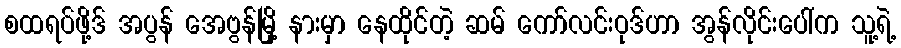
စထရပ်ဖို့ဒ် အပွန် အေဗွန်မြို့ နားမှာ နေထိုင်တဲ့ ဆမ် ကော်လင်းဝုဒ်ဟာ အွန်လိုင်းပေါ်က သူ့ရဲ့